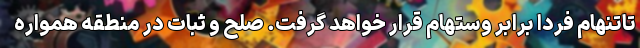
تاتنهام فردا برابر وستهام قرار خواهد گرفت. صلح و ثبات در منطقه همواره